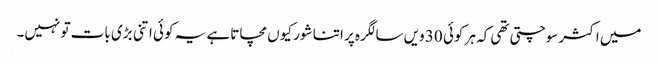
میں اکثر سوچتی تھی کہ ہر کوئی 30 ویں سالگرہ پر اتنا شور کیوں مچاتا ہے یہ کوئی اتنی بڑی بات تو نہیں۔